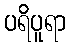
ပရိပူရာ